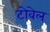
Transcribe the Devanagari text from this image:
टोवेल